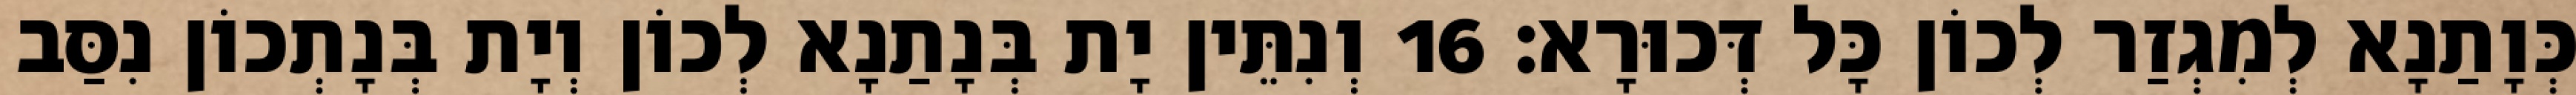
כְּוָתַנָא לְמִגְזַר לְכוֹן כָּל דְּכוּרָא׃ 16 וְנִתֵּין יָת בְּנָתַנָא לְכוֹן וְיָת בְּנָתְכוֹן נִסַּב